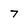
Character: 7